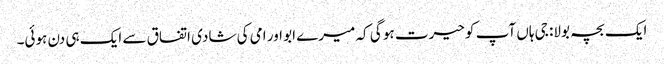
ایک بچہ بولا: جی ہاں آپ کو حیرت ہو گی کہ میرے ابو اور امی کی شادی اتفاق سے ایک ہی دن ہوئی۔